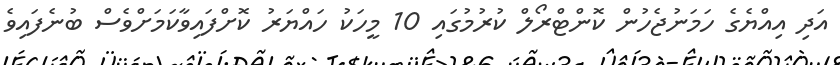
އަދި އިއްޔެގެ ހަމަނުޖެހުން ކޮންޓްރޯލް ކުރުމުގައި 10 މީހަކު ހައްޔަރު ކޮށްފައިވާކަމަށްވެސް ބުނެފައިވެ